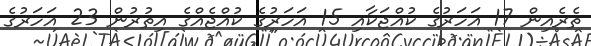
ތެރެއިން 17 އަހަރުގެ ކުއްޖަކާއި 15 އަހަރުގެ ކުއްޖެއްގެ އިތުރުން 23 އަހަރުގެ